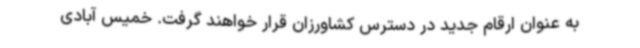
به عنوان ارقام جدید در دسترس کشاورزان قرار خواهند گرفت. خمیس آبادی